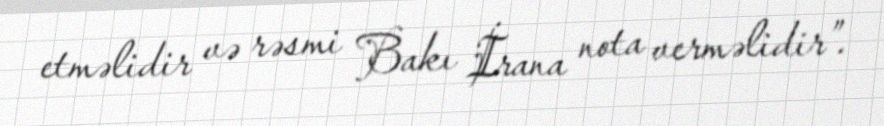
etməlidir və rəsmi Bakı İrana nota verməlidir”.